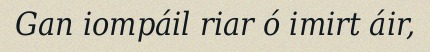
Gan iompáil riar ó imirt áir,